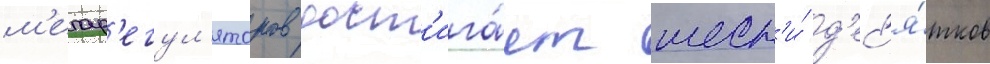
м'егар'егул'яторов дост'ига́ет шест'и́ д'ес'я́тков